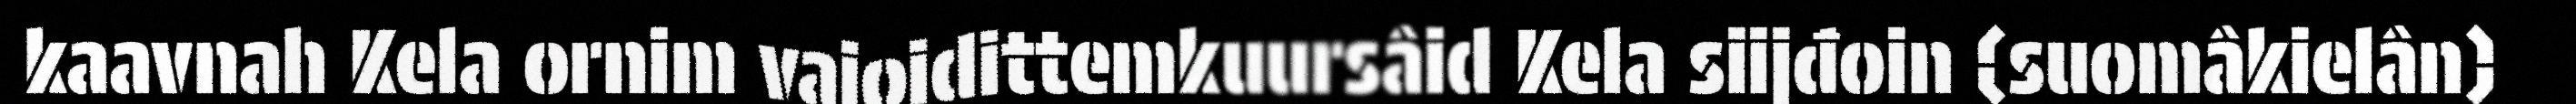
kaavnah Kela ornim vajoidittemkuursâid Kela siijđoin (suomâkielân)